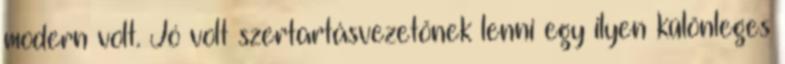
modern volt. Jó volt szertartásvezetőnek lenni egy ilyen különleges